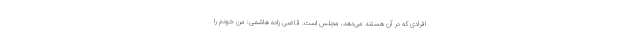
افرادی که در آن هستند می‌دهد، مجلس است. قاضی زاده هاشمی: من خودم را